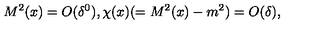
M ^ { 2 } ( x ) = O ( \delta ^ { 0 } ) , \chi ( x ) ( = M ^ { 2 } ( x ) - m ^ { 2 } ) = O ( \delta ) ,